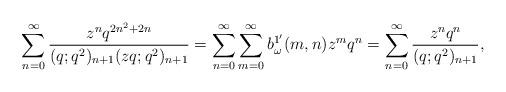
LaTeX: \begin{align*} \sum_{n=0}^{\infty}\frac{z^nq^{2n^2+2n}}{(q;q^2)_{n+1}(zq;q^2)_{n+1}} =\sum_{n=0}^{\infty}\sum_{m=0}^{\infty}b_\omega^{1'}(m,n)z^m q^n =\sum_{n=0}^{\infty}\frac{z^nq^n}{(q;q^2)_{n+1}},\end{align*}